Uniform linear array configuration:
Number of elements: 16
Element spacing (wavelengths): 0.25
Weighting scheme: uniform
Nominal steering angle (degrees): -45
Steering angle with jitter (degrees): -43.841
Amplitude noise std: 0.05
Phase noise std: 0.05

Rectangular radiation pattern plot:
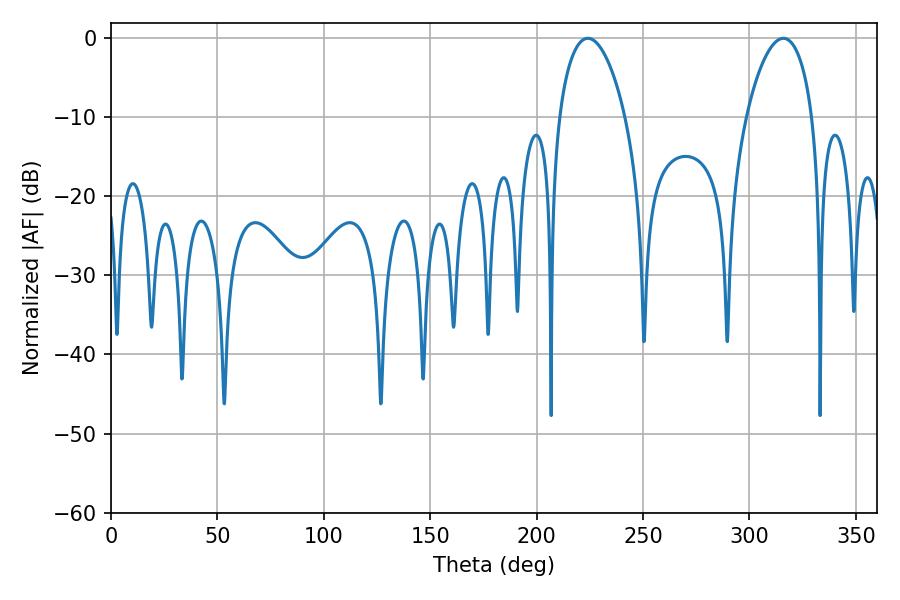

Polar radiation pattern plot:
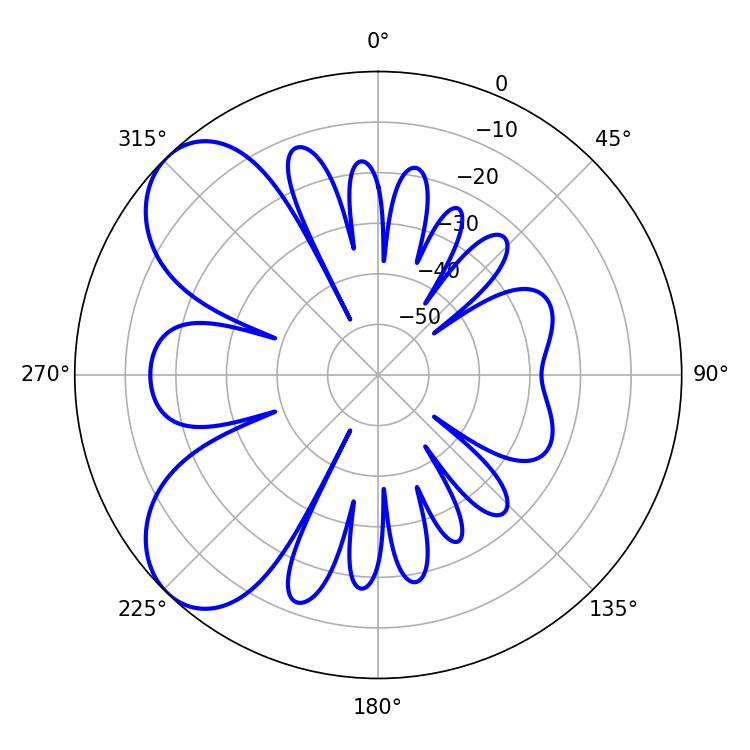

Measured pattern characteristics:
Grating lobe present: FALSE
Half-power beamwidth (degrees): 17.64
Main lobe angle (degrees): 315.9